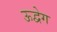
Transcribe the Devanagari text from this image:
ऊद्वेग